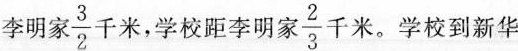
李明家3 $$\frac{3}{2}$$ 千米，学校距李明家 $$\frac{2}{3}$$ 千米。学校到新华